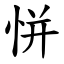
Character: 恲